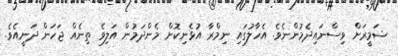
ޟަމީރަށް ވިސްނައިދެމުންނެވެ. އެހާލުގައި ނިމްރާ އުޅެނިކޮށް މެންދަމުން އަލިވެ ތިނެއް ޖަހަން ދަނީއެވެ.